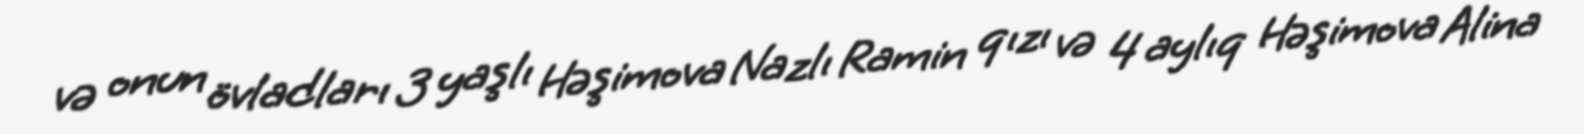
və onun övladları 3 yaşlı Həşimova Nazlı Ramin qızı və 4 aylıq Həşimova Alina